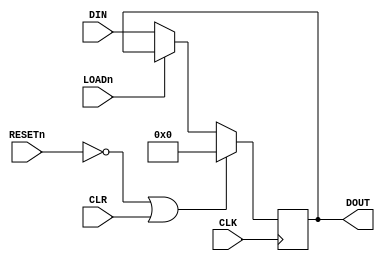
`default_nettype none
`timescale 1ns/1ns

module register(
  input wire        CLK,
  input wire        RESETn,

  input wire        CLR,

  input wire  [7:0] DIN,
  output wire [7:0] DOUT,
  input wire        LOADn
);

  reg [7:0] data;

  always @(posedge CLK)
    begin
      if (~RESETn | CLR)
        data <= 8'b0;
      else if (~LOADn)
        data <= DIN;
    end

  assign DOUT = data;

endmodule